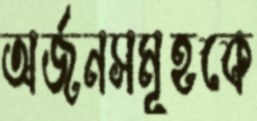
অর্জনসমূহকে